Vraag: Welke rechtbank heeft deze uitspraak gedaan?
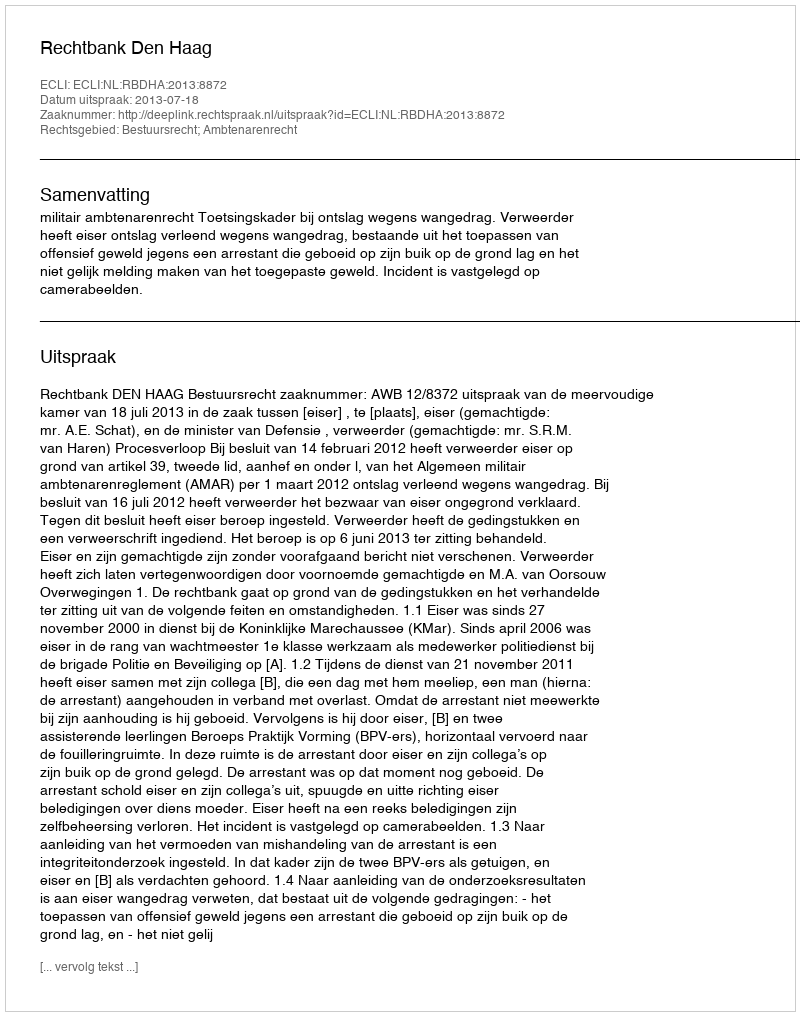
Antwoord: Rechtbank Den Haag